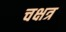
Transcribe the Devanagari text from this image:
चक्षत्र